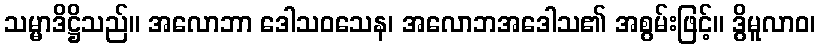
သမ္မာဒိဋ္ဌိသည်။ အလောဘာ ဒေါသဝသေန၊ အလောဘအဒေါသ၏ အစွမ်းဖြင့်။ ဒွိမူလာဝ၊